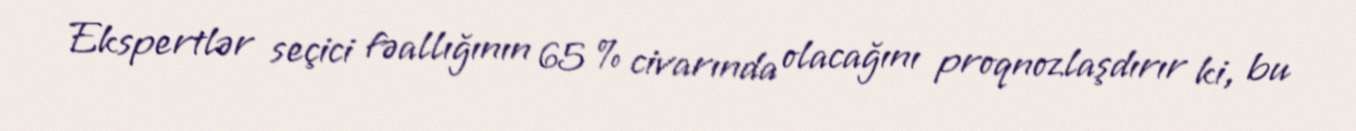
Ekspertlər seçici fəallığının 65 % civarında olacağını proqnozlaşdırır ki, bu